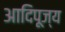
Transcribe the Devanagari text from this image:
आदिपूज्य